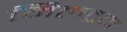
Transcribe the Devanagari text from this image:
मिलटन